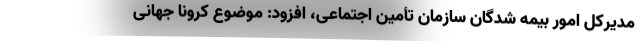
مدیرکل امور بیمه شدگان سازمان تأمین اجتماعی، افزود: موضوع کرونا جهانی